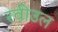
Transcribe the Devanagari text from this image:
रवीउल